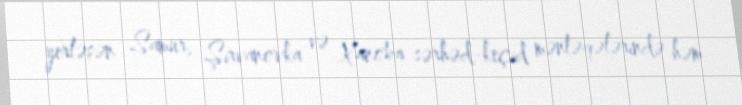
yerləşən Samur, Şirvanovka və Xanoba sərhəd-keçid məntəqələrində həm